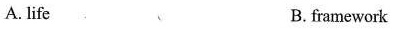
A. life B. frame work